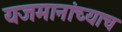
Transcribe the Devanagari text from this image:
यजमानांच्याच